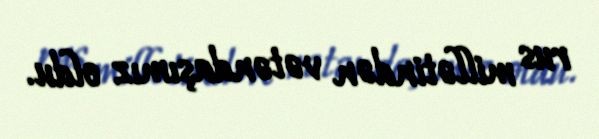
rus millətindən vətəndaşımız oldu.